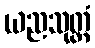
ယညသုတ္တံ